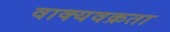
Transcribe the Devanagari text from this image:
वाक्यवक्रता